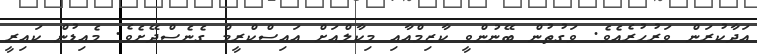
އަދާކުރަން ވަރުހުރެއެވެ. ވަގުތުން ބޭނުންވީ ކާޒިމްއާއި މިކާލްއަށް އައިސްކްރީމް ގެނެސްދޭށެވެ. މެއިޑުން ކައިރީ